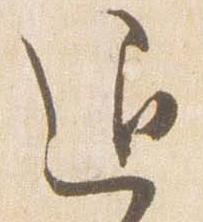
退